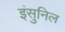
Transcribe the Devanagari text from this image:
इंसुनिल